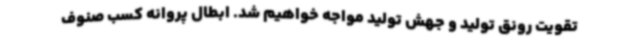
تقویت رونق تولید و جهش تولید مواجه خواهیم شد. ابطال پروانه کسب صنوف